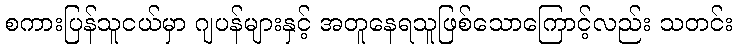
စကားပြန်သူငယ်မှာ ဂျပန်များနှင့် အတူနေရသူဖြစ်သောကြောင့်လည်း သတင်း